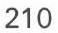
210